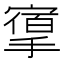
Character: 𢳔